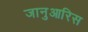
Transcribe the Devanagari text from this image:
जानुआरिस